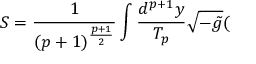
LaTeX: S = \frac 1 { ( p + 1 ) ^ { \frac { p + 1 } 2 } } \int \frac { d ^ { p + 1 } y } { T _ { p } } \sqrt { - \tilde { g } } (